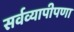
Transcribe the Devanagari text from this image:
सर्वव्यापीपणा